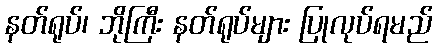
နတ်ရုပ်၊ ဘိုကြီး နတ်ရုပ်များ ပြုလုပ်ရမည်